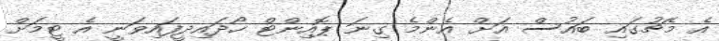
އެ މެޗުގައި ބައުސް އަށް އެންމެ ގިނަ ޕޮއިންޓް ހޯދައިދީފައިވަނީ އެ ޓީމަށް